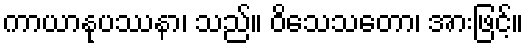
ကာယာနုပဿနာ၊ သည်။ ဝိသေသတော၊ အားဖြင့်။